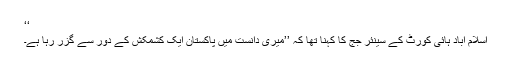
‘‘
اسلام آباد ہائی کورٹ کے سینئر جج کا کہنا تھا کہ ’’میری دانست میں پاکستان ایک کشمکش کے دور سے گزر رہا ہے۔